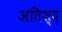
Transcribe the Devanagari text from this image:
अतिश्य्